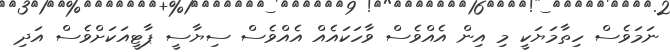
ނަމަވެސް ހިތާމަޔަކީ މި އިން އެއްވެސް ވާހަކައެއް އެއްވެސް ސިޔާސީ ޕާޓީއަކަށްވެސް އަދި